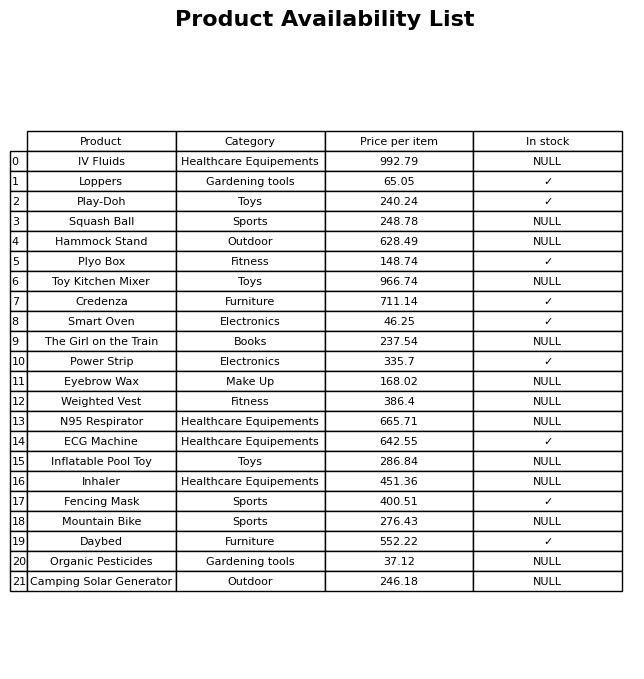
question: What is the price for Squash Ball?
answer: The price of Squash Ball is 248.78.